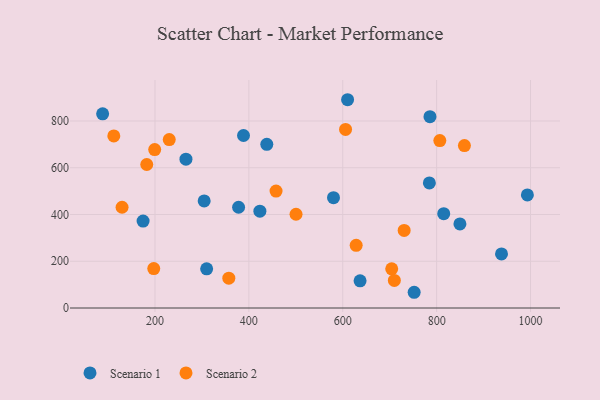
{"axis": {"x": "Study Hours", "y": "Rating"}, "legend": ["Scenario 1", "Scenario 2"], "data": [{"x": "752.1", "y": 67.3, "type": "Scenario 1"}, {"x": "423.5", "y": 414.4, "type": "Scenario 1"}, {"x": "849.6", "y": 359.6, "type": "Scenario 1"}, {"x": "784.5", "y": 534.9, "type": "Scenario 1"}, {"x": "438.2", "y": 700.2, "type": "Scenario 1"}, {"x": "266.0", "y": 636.4, "type": "Scenario 1"}, {"x": "388.6", "y": 737.9, "type": "Scenario 1"}, {"x": "785.8", "y": 818.4, "type": "Scenario 1"}, {"x": "378.1", "y": 430.9, "type": "Scenario 1"}, {"x": "580.3", "y": 472.1, "type": "Scenario 1"}, {"x": "815.1", "y": 403.5, "type": "Scenario 1"}, {"x": "636.9", "y": 116.4, "type": "Scenario 1"}, {"x": "88.5", "y": 830.8, "type": "Scenario 1"}, {"x": "310.1", "y": 167.5, "type": "Scenario 1"}, {"x": "174.7", "y": 371.8, "type": "Scenario 1"}, {"x": "610.3", "y": 890.9, "type": "Scenario 1"}, {"x": "993.3", "y": 483.9, "type": "Scenario 1"}, {"x": "938.2", "y": 231.5, "type": "Scenario 1"}, {"x": "304.8", "y": 458.2, "type": "Scenario 1"}, {"x": "859.2", "y": 694.6, "type": "Scenario 2"}, {"x": "230.4", "y": 720.3, "type": "Scenario 2"}, {"x": "606.0", "y": 763.9, "type": "Scenario 2"}, {"x": "457.9", "y": 500.1, "type": "Scenario 2"}, {"x": "704.3", "y": 167.7, "type": "Scenario 2"}, {"x": "628.6", "y": 268.0, "type": "Scenario 2"}, {"x": "806.8", "y": 716.0, "type": "Scenario 2"}, {"x": "500.5", "y": 401.1, "type": "Scenario 2"}, {"x": "199.4", "y": 677.7, "type": "Scenario 2"}, {"x": "112.3", "y": 736.2, "type": "Scenario 2"}, {"x": "182.5", "y": 613.8, "type": "Scenario 2"}, {"x": "129.9", "y": 431.0, "type": "Scenario 2"}, {"x": "709.9", "y": 118.2, "type": "Scenario 2"}, {"x": "730.8", "y": 331.9, "type": "Scenario 2"}, {"x": "197.4", "y": 168.8, "type": "Scenario 2"}, {"x": "357.3", "y": 127.6, "type": "Scenario 2"}]}